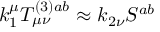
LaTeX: k _ { 1 } ^ { \mu } T _ { \mu \nu } ^ { ( 3 ) a b } \approx k _ { 2 \nu } S ^ { a b }